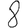
Digit: 8